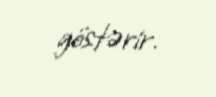
göstərir.